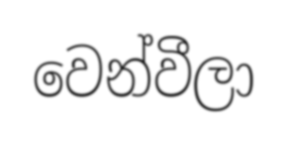
වෙන්වීලා